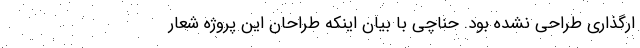
ارگذاری طراحی نشده بود. حناچی با بیان اینکه طراحان این پروژه شعار